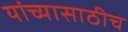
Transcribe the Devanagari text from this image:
यांच्यासाठीच